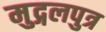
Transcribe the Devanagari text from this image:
मुद्गलपुत्र